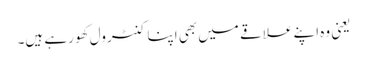
یعنی وہ اپنے علاقے میں بھی اپنا کنٹرول کھو رہے ہیں۔